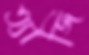
ত্যাজি